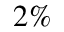
2 \%